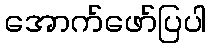
အောက်ဖော်ပြပါ